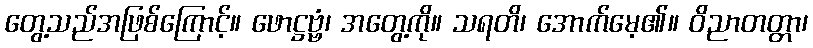
တွေ့သည်အဖြစ်ကြောင့်။ ဖောဋ္ဌဗ္ဗံ၊ အတွေ့ကို။ သရတိ၊ အောက်မေ့၏။ ဝိညာတတ္တာ၊